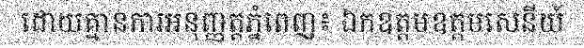
ដោយគ្មានការអនុញ្ញត្តភ្នំពេញ៖ ឯកឧត្តមឧត្តមសេនីយ៍